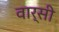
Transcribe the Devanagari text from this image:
वार्सी